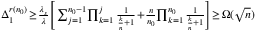
\begin{array} { r } { \! \! \! \Delta _ { 1 } ^ { r ( n _ { 0 } ) } \! \geq \! \frac { \lambda _ { s } } { \lambda } \Bigg [ \sum _ { j = 1 } ^ { n _ { 0 } - 1 } \! \prod _ { k = 1 } ^ { j } \frac { 1 } { \frac { k } { n } + 1 } \! + \! \frac { n } { n _ { 0 } } \! \prod _ { k = 1 } ^ { n _ { 0 } } \frac { 1 } { \frac { k } { n } + 1 } \Bigg ] \! \geq \! \Omega ( \sqrt { n } ) } \end{array}